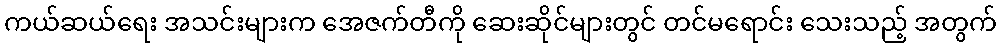
ကယ်ဆယ်ရေး အသင်းများက အေဇက်တီကို ဆေးဆိုင်များတွင် တင်မရောင်း သေးသည့် အတွက်